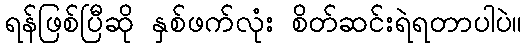
ရန်ဖြစ်ပြီဆို နှစ်ဖက်လုံး စိတ်ဆင်းရဲရတာပါပဲ။